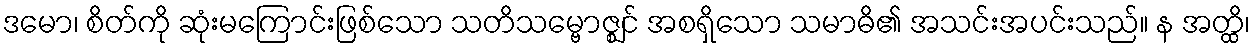
ဒမော၊ စိတ်ကို ဆုံးမကြောင်းဖြစ်သော သတိသမ္ဗောဇ္ဈင် အစရှိသော သမာဓိ၏ အသင်းအပင်းသည်။ န အတ္ထိ၊